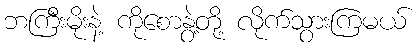
ဘကြီးမိုးနဲ့ ကိုစောနွဲ့တို့ လိုက်သွားကြမယ်